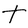
Character: t